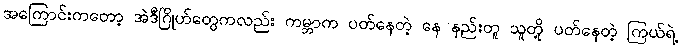
အကြောင်းကတော့ အဲဒီဂြိုဟ်တွေကလည်း ကမ္ဘာက ပတ်နေတဲ့ နေ နည်းတူ သူတို့ ပတ်နေတဲ့ ကြယ်ရဲ့